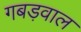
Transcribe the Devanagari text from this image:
गबड़वाल